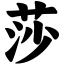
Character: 莎